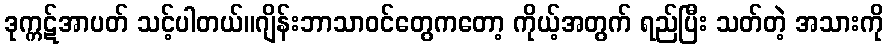
ဒုက္ကဋ်အာပတ် သင့်ပါတယ်။ဂျိန်းဘာသာဝင်တွေကတော့ ကိုယ့်အတွက် ရည်ပြီး သတ်တဲ့ အသားကို